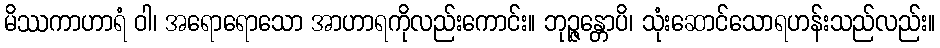
မိဿကာဟာရံ ဝါ၊ အရောရောသော အာဟာရကိုလည်းကောင်း။ ဘုဉ္ဇန္တောပိ၊ သုံးဆောင်သောရဟန်းသည်လည်း။